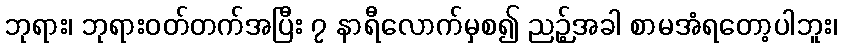
ဘုရား၊ ဘုရားဝတ်တက်အပြီး ၇ နာရီလောက်မှစ၍ ညဉ့်အခါ စာမအံရတော့ပါဘူး၊